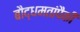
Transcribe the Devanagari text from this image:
बौद्धमतांपैकी